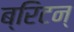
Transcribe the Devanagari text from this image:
ब्रिटन्